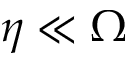
\eta \ll \Omega